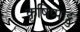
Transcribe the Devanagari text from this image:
कृषिप्पाट्टु